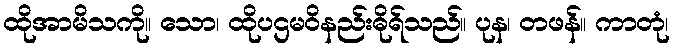
ထိုအာမိသကို။ သော၊ ထိုပဌမဝိနည်းဓိုရ်သည်။ ပုန၊ တဖန်။ ကာတုံ၊